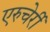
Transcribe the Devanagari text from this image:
एरुचेर्री